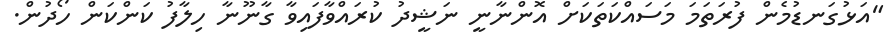
"އަޅުގަނޑުމެން ފުރަތަމަ މަސައްކަތަކަށް އޮންނާނީ ނަޝީދު ކުރައްވާފައިވާ ގާނޫނާ ހިލާފު ކަންކަން ހޯދުން.